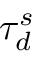
\tau _ { d } ^ { s }